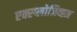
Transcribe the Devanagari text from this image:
एक्स्प्लोजिव्ह्ज